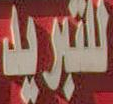
للتبريد